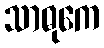
သာဓုကေ